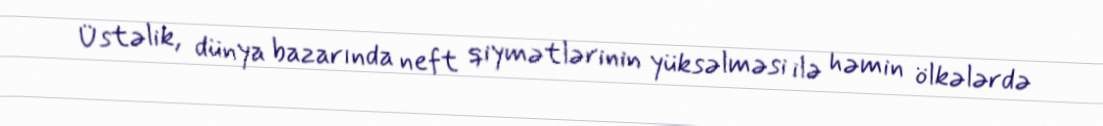
Üstəlik, dünya bazarında neft qiymətlərinin yüksəlməsi ilə həmin ölkələrdə